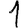
Digit: 1